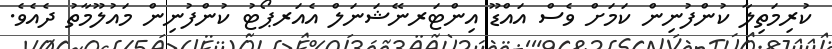
ކުރިމަތިލާ ކުންފުނިން ކަމަށް ވެސް އައްޑޫ އިންޓަރނޭޝަނަލް އެއަރޕޯޓު ކުންފުނިން މައުލޫމާތު ދެއެވެ.